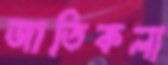
জাতিকলা